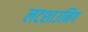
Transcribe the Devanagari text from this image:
लटशाउनिग